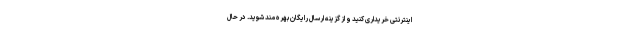
اینترنتی خریداری کنید و از گزینه ارسال رایگان بهره مند شوید. در حال